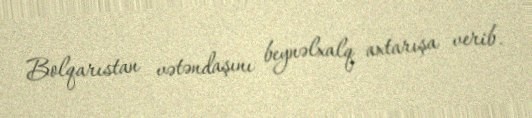
Bolqarıstan vətəndaşını beynəlxalq axtarışa verib.